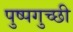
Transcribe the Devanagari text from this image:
पुष्पगुच्छी